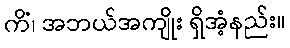
ကိံ၊ အဘယ်အကျိုး ရှိအံ့နည်း။